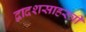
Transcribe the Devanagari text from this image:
द्वादशसाहस्त्री